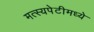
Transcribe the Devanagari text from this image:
मत्स्यपेटीमध्ये